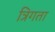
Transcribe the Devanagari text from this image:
त्रिगता